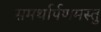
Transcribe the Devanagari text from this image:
समर्थार्पणमस्तु